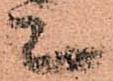
上